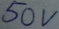
Text: 50V